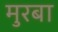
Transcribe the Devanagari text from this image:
मुरबा